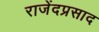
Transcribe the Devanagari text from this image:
राजेंदप्रसाद